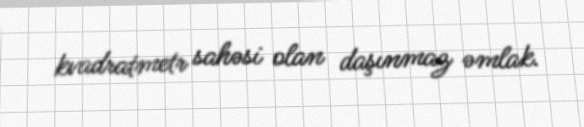
kvadratmetr sahəsi olan daşınmaz əmlak.